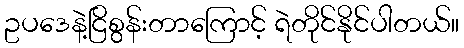
ဥပဒေနဲ့ငြိစွန်းတာကြောင့် ရဲတိုင်နိုင်ပါတယ်။